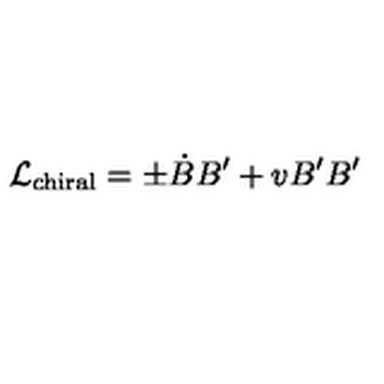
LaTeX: { \cal L } _ { \mathrm { c h i r a l } } = \pm \dot { B } B ^ { \prime } + v B ^ { \prime } B ^ { \prime }